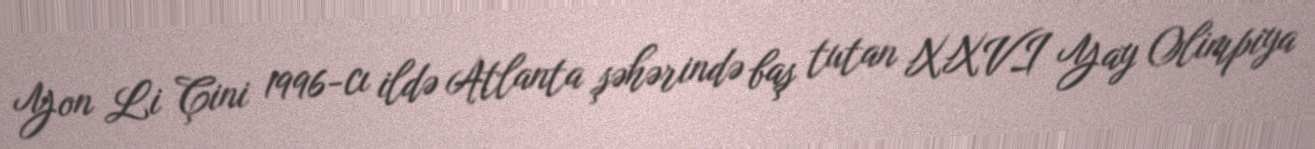
Yon Li Çini 1996-cı ildə Atlanta şəhərində baş tutan XXVI Yay Olimpiya